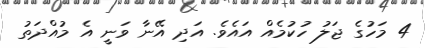
4 މަހުގެ ޖަލު ހުކުމެއް އައެވެ. އަދި އޭނާ ވަނީ އެ މުއްދަތު